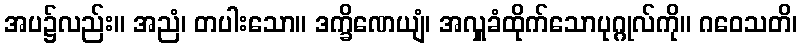
အပ၌လည်း။ အညံ၊ တပါးသော။ ဒက္ခိဏေယျံ၊ အလှူခံထိုက်သောပုဂ္ဂုလ်ကို။ ဂဝေသတိ၊